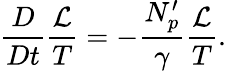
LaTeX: \frac{D}{Dt}\frac{\mathcal{L}}{T}=-\frac{N_{p}^{\prime}}{\gamma}\frac{\mathcal{L}}{T}.